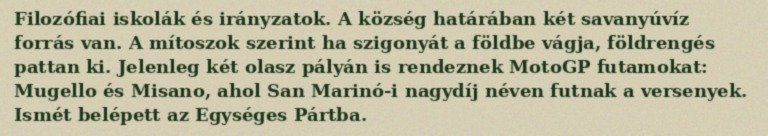
Filozófiai iskolák és irányzatok. A község határában két savanyúvíz forrás van. A mítoszok szerint ha szigonyát a földbe vágja, földrengés pattan ki. Jelenleg két olasz pályán is rendeznek MotoGP futamokat: Mugello és Misano, ahol San Marinó-i nagydíj néven futnak a versenyek. Ismét belépett az Egységes Pártba.